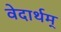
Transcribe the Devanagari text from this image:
वेदार्थम्